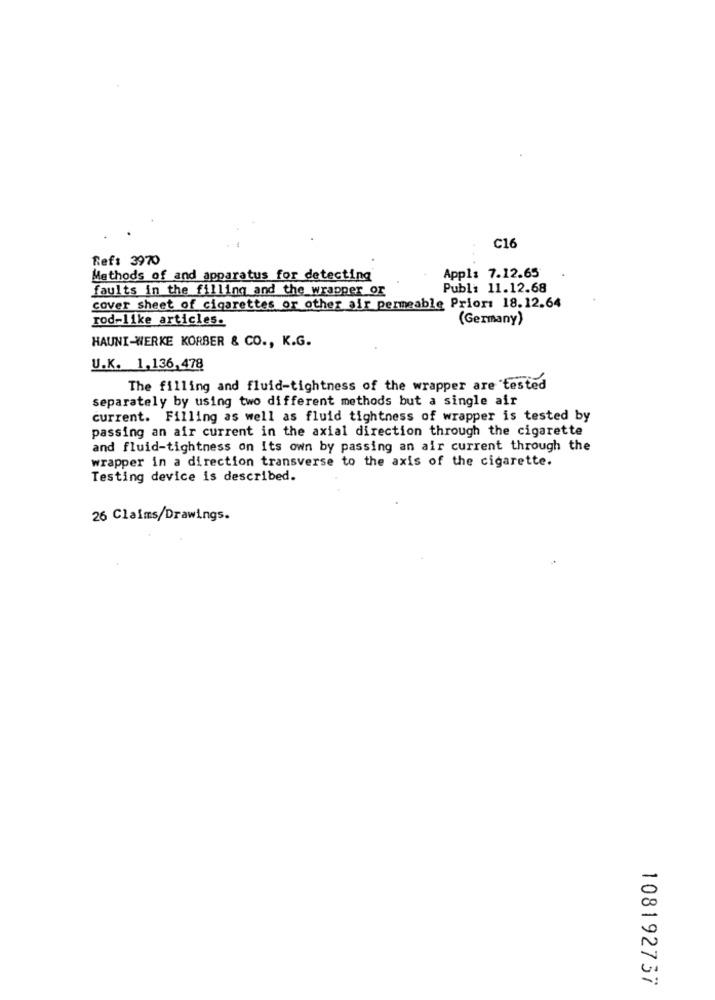
C16
Ref: 3970
Appl: 7.12.65
Methods of and apparatus for detecting
faults in the filling and the wrapper or
Publi 11.12.68
cover sheet of cigarettes or other air permeable Prior: 18.12.64
rod-like_articles.
(Germany)
HAUNI-WERKE KORBER & CO ., K.G.
U.K. 1,136,478
The filling and fluid-tightness of the wrapper are "tested
separately by using two different methods but a single air
current. Filling as well as fluid tightness of wrapper is tested by
passing an air current in the axial direction through the cigarette
and fluid-tightness on its own by passing an air current through the
wrapper in a direction transverse to the axis of the cigarette.
Testing device is described.
26 Claims/Drawings.
108192737